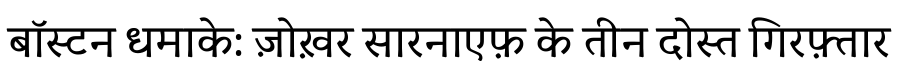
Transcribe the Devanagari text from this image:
बॉस्टन धमाके: ज़ोख़र सारनाएफ़ के तीन दोस्त गिरफ़्तार